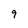
Character: 9